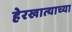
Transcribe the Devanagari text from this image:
हेरखात्याच्या